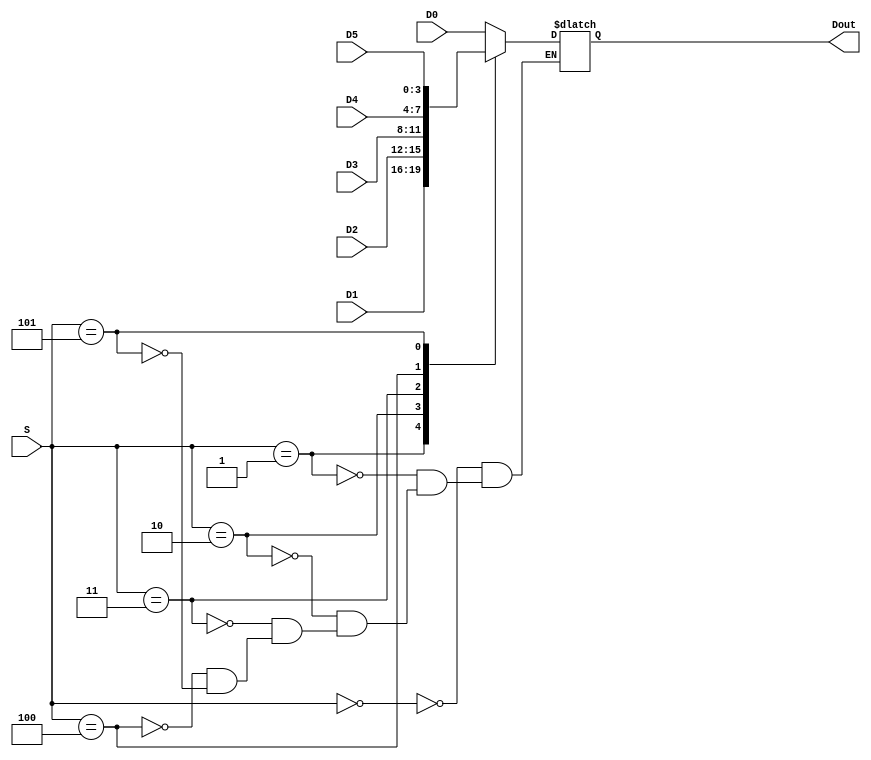
`timescale 1ns / 1ps
//////////////////////////////////////////////////////////////////////////////////
// Company: 
// Engineer: 
// 
// Design Name: 
// Module Name:    MUX8T1_4 
// Project Name: 
// Target Devices: 
// Tool versions: 
// Description: 
//
// Dependencies: 
//
// Revision: 
// Revision 0.01 - File Created
// Additional Comments: 
//
//////////////////////////////////////////////////////////////////////////////////
module MUX8T1_4( 	input [2:0]S,
						input [3:0]D0,
						input [3:0]D1,
						input [3:0]D2,
						input [3:0]D3,
						input [3:0]D4,
						input [3:0]D5,
						output reg [3:0]Dout
    );

	always @ * begin
		case(S)
			3'd0: Dout <= D0;
			3'd1: Dout <= D1;
			3'd2: Dout <= D2;
			3'd3: Dout <= D3;
			3'd4: Dout <= D4;
			3'd5: Dout <= D5;
			default: ;
		endcase
	end
endmodule